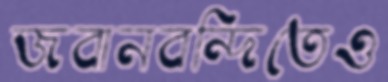
জবানবন্দিতেও